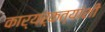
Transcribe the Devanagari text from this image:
कार्यर्कत्यांशी